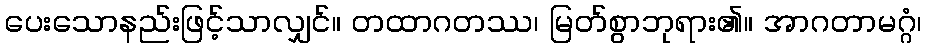
ပေးသောနည်းဖြင့်သာလျှင်။ တထာဂတဿ၊ မြတ်စွာဘုရား၏။ အာဂတာမဂ္ဂံ၊